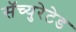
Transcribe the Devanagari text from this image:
सॅच्युरेटेड